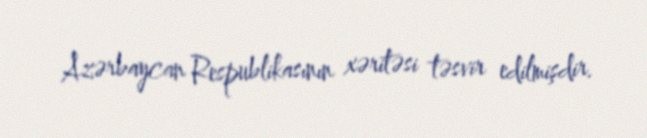
Azərbaycan Respublikasının xəritəsi təsvir edilmişdir.